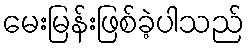
မေးမြန်းဖြစ်ခဲ့ပါသည်